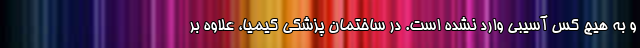
و به هیچ کس آسیبی وارد نشده است. در ساختمان پزشکی کیمیا، علاوه بر